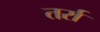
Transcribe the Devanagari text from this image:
तर्रा